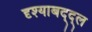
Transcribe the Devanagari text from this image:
दृश्याबद्द्ल